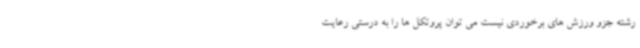
رشته جزو ورزش های برخوردی نیست می توان پروتکل ها را به درستی رعایت